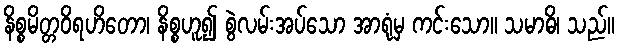
နိစ္စမိတ္တဝိရဟိတော၊ နိစ္စဟူ၍ စွဲလမ်းအပ်သော အာရုံမှ ကင်းသော။ သမာဓိ၊ သည်။